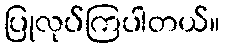
ပြုလုပ်ကြပါတယ်။